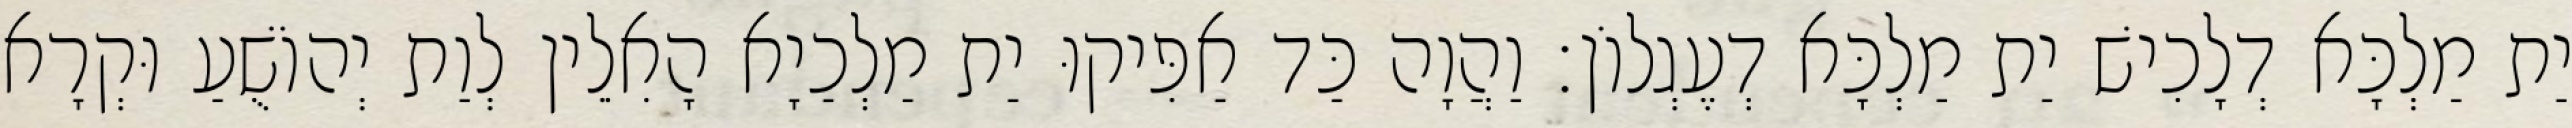
יַת מַלְכָּא דְלָכִישׁ יַת מַלְכָּא דְעֶגְלוֹן׃ וַהֲוָה כַּד אַפִּיקוּ יַת מַלְכַיָא הָאִלֵין לְוַת יְהוֹשֻׁעַ וּקְרָא